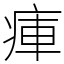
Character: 㾝